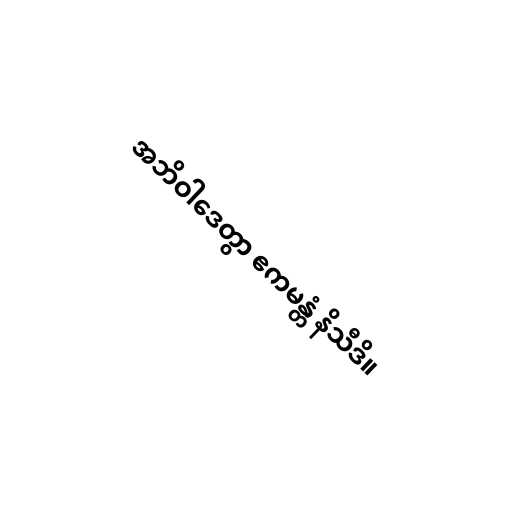
အဘိဝါဒေတွာ ဧကမန္တံ နိသီဒိ။